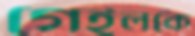
গেইলকে